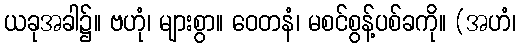
ယခုအခါ၌။ ဗဟုံ၊ များစွာ။ ဝေတနံ၊ မစင်စွန့်ပစ်ခကို။ (အဟံ၊